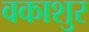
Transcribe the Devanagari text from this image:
वकाशुर